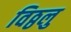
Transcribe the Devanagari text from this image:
विठ्ठलु